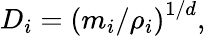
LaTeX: D_{i}=\left(m_{i}/\rho_{i}\right)^{1/d},